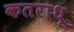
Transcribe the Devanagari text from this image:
कतराधू